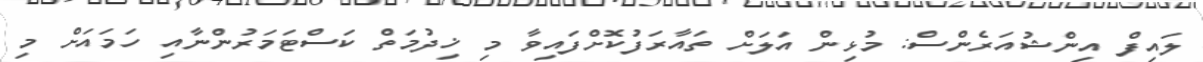
ލައިފް އިންޝުއަރެންސް: މުޅިން އަލަށް ތައާރަފުކޮށްފައިވާ މި ޚިދުމަތް ކަސްޓަމަރުންނާއި ހަމައަށް މި